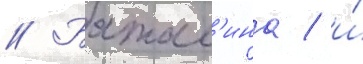
// Батал'ина / и́